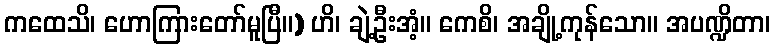
ကထေသိ၊ ဟောကြားတော်မူပြီ။) ဟိ၊ ချဲ့ဦးအံ့။ ကေစိ၊ အချို့ကုန်သော။ အပဏ္ဍိတာ၊